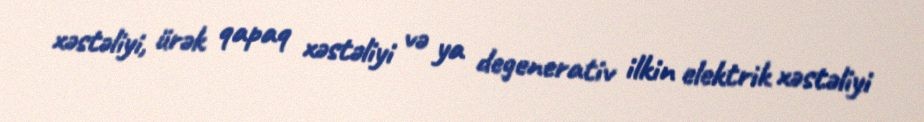
xəstəliyi, ürək qapaq xəstəliyi və ya degenerativ ilkin elektrik xəstəliyi